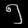
Digit: ၅